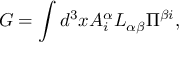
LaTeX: G = \int d ^ { 3 } x A _ { i } ^ { \alpha } { \cal L } _ { \alpha \beta } \Pi ^ { \beta i } ,